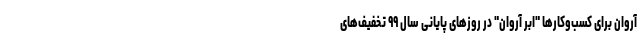
آروان برای کسب‌وکارها "ابر آروان" در روزهای پایانی سال ۹۹ تخفیف‌های